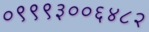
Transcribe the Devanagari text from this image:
०९९९३००६४८२